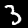
Label: 3